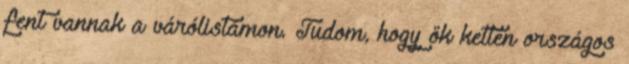
fent vannak a várólistámon. Tudom, hogy ők ketten országos